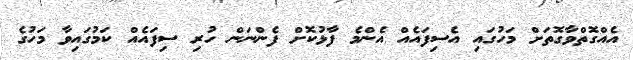
އެެއްގޮތްވާގޮތަށް މަހުގައި އެސިފައެއް އެންމެ ފާޅުކޮށް ފެންނަން ހުރި ސިފައެއް ކަމުގައިވާ މަހުގެ